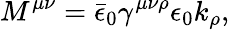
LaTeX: M^{\mu\nu}=\bar{\epsilon}_{0}\gamma^{\mu\nu\rho}\epsilon_{0}k_{\rho},